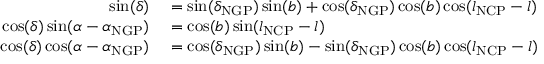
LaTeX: \begin{array} { r l } { \sin ( \delta ) } & { { } = \sin ( \delta _ { \mathrm { N G P } } ) \sin ( b ) + \cos ( \delta _ { \mathrm { N G P } } ) \cos ( b ) \cos ( l _ { \mathrm { N C P } } - l ) } \\ { \cos ( \delta ) \sin ( \alpha - \alpha _ { \mathrm { N G P } } ) } & { { } = \cos ( b ) \sin ( l _ { \mathrm { N C P } } - l ) } \\ { \cos ( \delta ) \cos ( \alpha - \alpha _ { \mathrm { N G P } } ) } & { { } = \cos ( \delta _ { \mathrm { N G P } } ) \sin ( b ) - \sin ( \delta _ { \mathrm { N G P } } ) \cos ( b ) \cos ( l _ { \mathrm { N C P } } - l ) } \end{array}